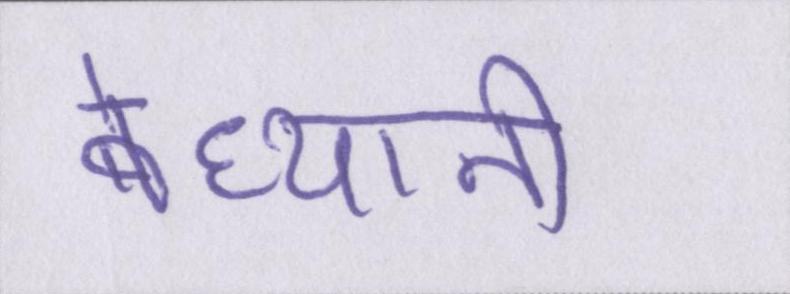
बेध्यानी